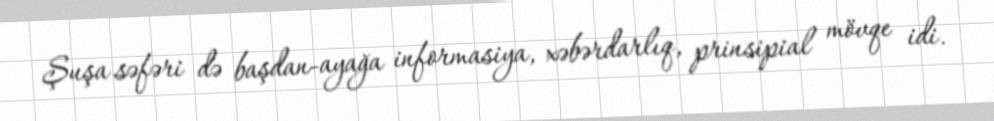
Şuşa səfəri də başdan-ayağa informasiya, xəbərdarlıq, prinsipial mövqe idi.